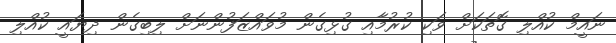
ނައީމް ކުއްލި ގޮތަކަށް ވަކި ކުރުމާއި ގުޅިގެން މުވައްޒަފުންނަށް ލިބިގެން ދިޔައީ ކުއްލި